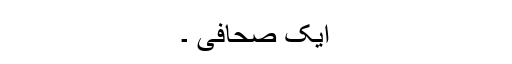
ایک صحافی ۔